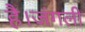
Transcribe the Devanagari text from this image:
है।जंगली